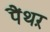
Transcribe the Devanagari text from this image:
पैंथऱ